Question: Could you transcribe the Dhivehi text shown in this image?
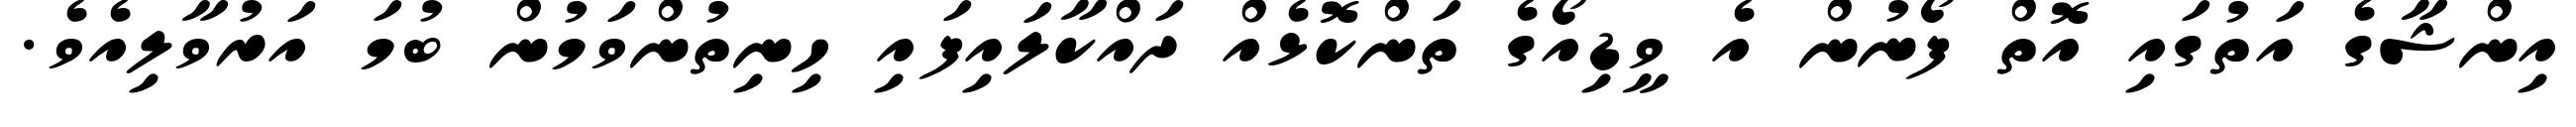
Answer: އިންޝާގެ އަތުގައި އޮތް ފޯނުން އެ ވީޑިއޯގެ ތަންކޮޅެއް ދައްކާލައިފައި ހިނިތުންވަމުން ބުމަ އަރުވާލިއެވެ.